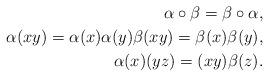
LaTeX: \begin{align*}\alpha \circ \beta =\beta \circ \alpha , \\\alpha (xy) =\alpha (x)\alpha (y) \beta (xy)=\beta (x)\beta (y) , \\\alpha (x)(yz)=(xy)\beta (z). \end{align*}